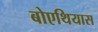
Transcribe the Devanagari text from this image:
बोएथियास